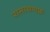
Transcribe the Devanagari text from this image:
रामायणफ़